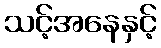
သင့်အနေနှင့်